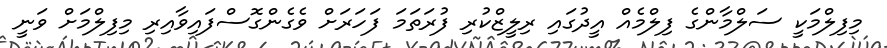
މިފިލްމަކީ ސަލްމާންގެ ފިލްމެއް އީދުގައި ރިލީޒްކުރި ފުރަަތަމަ ފަހަރަށް ވެގެންގޮސްފައިވާއިރި މިފިލްމަށް ވަނީ